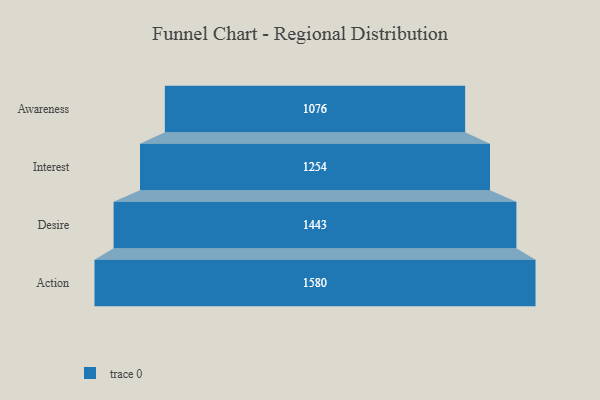
{"axis": {"x": "Stage", "y": "Value"}, "legend": [""], "data": [{"x": "Awareness", "y": 1076.0, "type": ""}, {"x": "Interest", "y": 1254.0, "type": ""}, {"x": "Desire", "y": 1443.0, "type": ""}, {"x": "Action", "y": 1580.0, "type": ""}]}